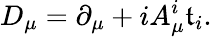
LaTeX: D_{\mu}=\partial_{\mu}+iA_{\mu}^{i}\mathfrak{t}_{i}.